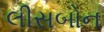
લીસબોન